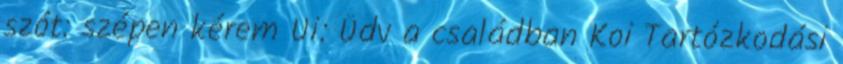
szót: szépen kérem Ui: Üdv a családban Koi Tartózkodási